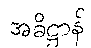
အဓိဋ္ဌာန်